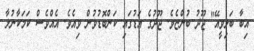
އިބާ ބަލިވީއޭ" ޖޫދު ބުންޏެވެ. ޖޫދުގެ އަޑުގައި ކަންބޮޑުވުން ވިއެވެ. އެއްވެސް ކަމަކާނުލާ